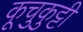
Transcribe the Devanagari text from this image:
कूचुकुट्टी